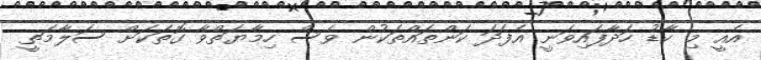
އެއީ މި ކާޑު ހަދާފައިވަނީ އެފަދަ ކަންތައްތަކުން ވެސް ހިމާޔަތްވާ ގޮތަކަށް ސަލާމަތީ